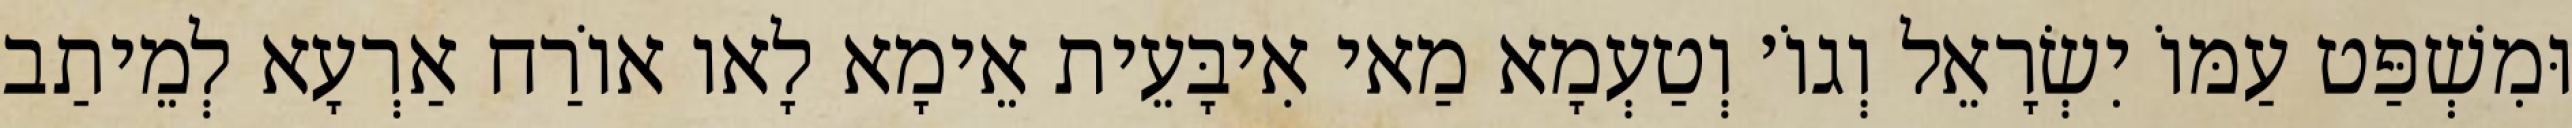
וּמִשְׁפַּט עַמּוֹ יִשְׂרָאֵל וְגוֹ׳ וְטַעְמָא מַאי אִיבָּעֵית אֵימָא לָאו אוֹרַח אַרְעָא לְמֵיתַב